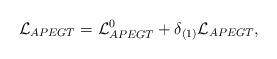
LaTeX: \begin{align*}{\cal L}_{APEGT} = {\cal L}_{APEGT}^0+ \delta_{(1)} {\cal L}_{APEGT} ,\end{align*}